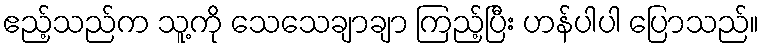
ဧည့်သည်က သူ့ကို သေသေချာချာ ကြည့်ပြီး ဟန်ပါပါ ပြောသည်။